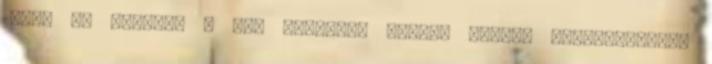
20:33 Új szóvivő a MÁV Startnál nomad: Zotya: Gyakorlatilag